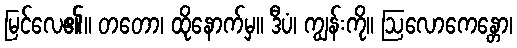
မြင်လေ၏။ တတော၊ ထိုနောက်မှ။ ဒီပံ၊ ကျွန်းကို။ ဩလောကေန္တော၊